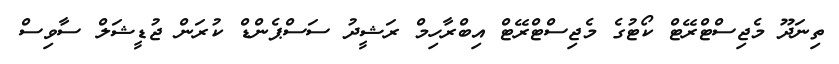
ތިނަދޫ މެޖިސްޓްރޭޓް ކޯޓުގެ މެޖިސްޓްރޭޓް އިބްރާހިމް ރަޝީދު ސަސްޕެންޑް ކުރަން ޖުޑީޝަލް ސާވިސް